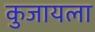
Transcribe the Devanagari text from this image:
कुजायला